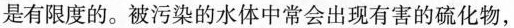
是有限度的。被污染的水体中常会出现有害的硫化物，